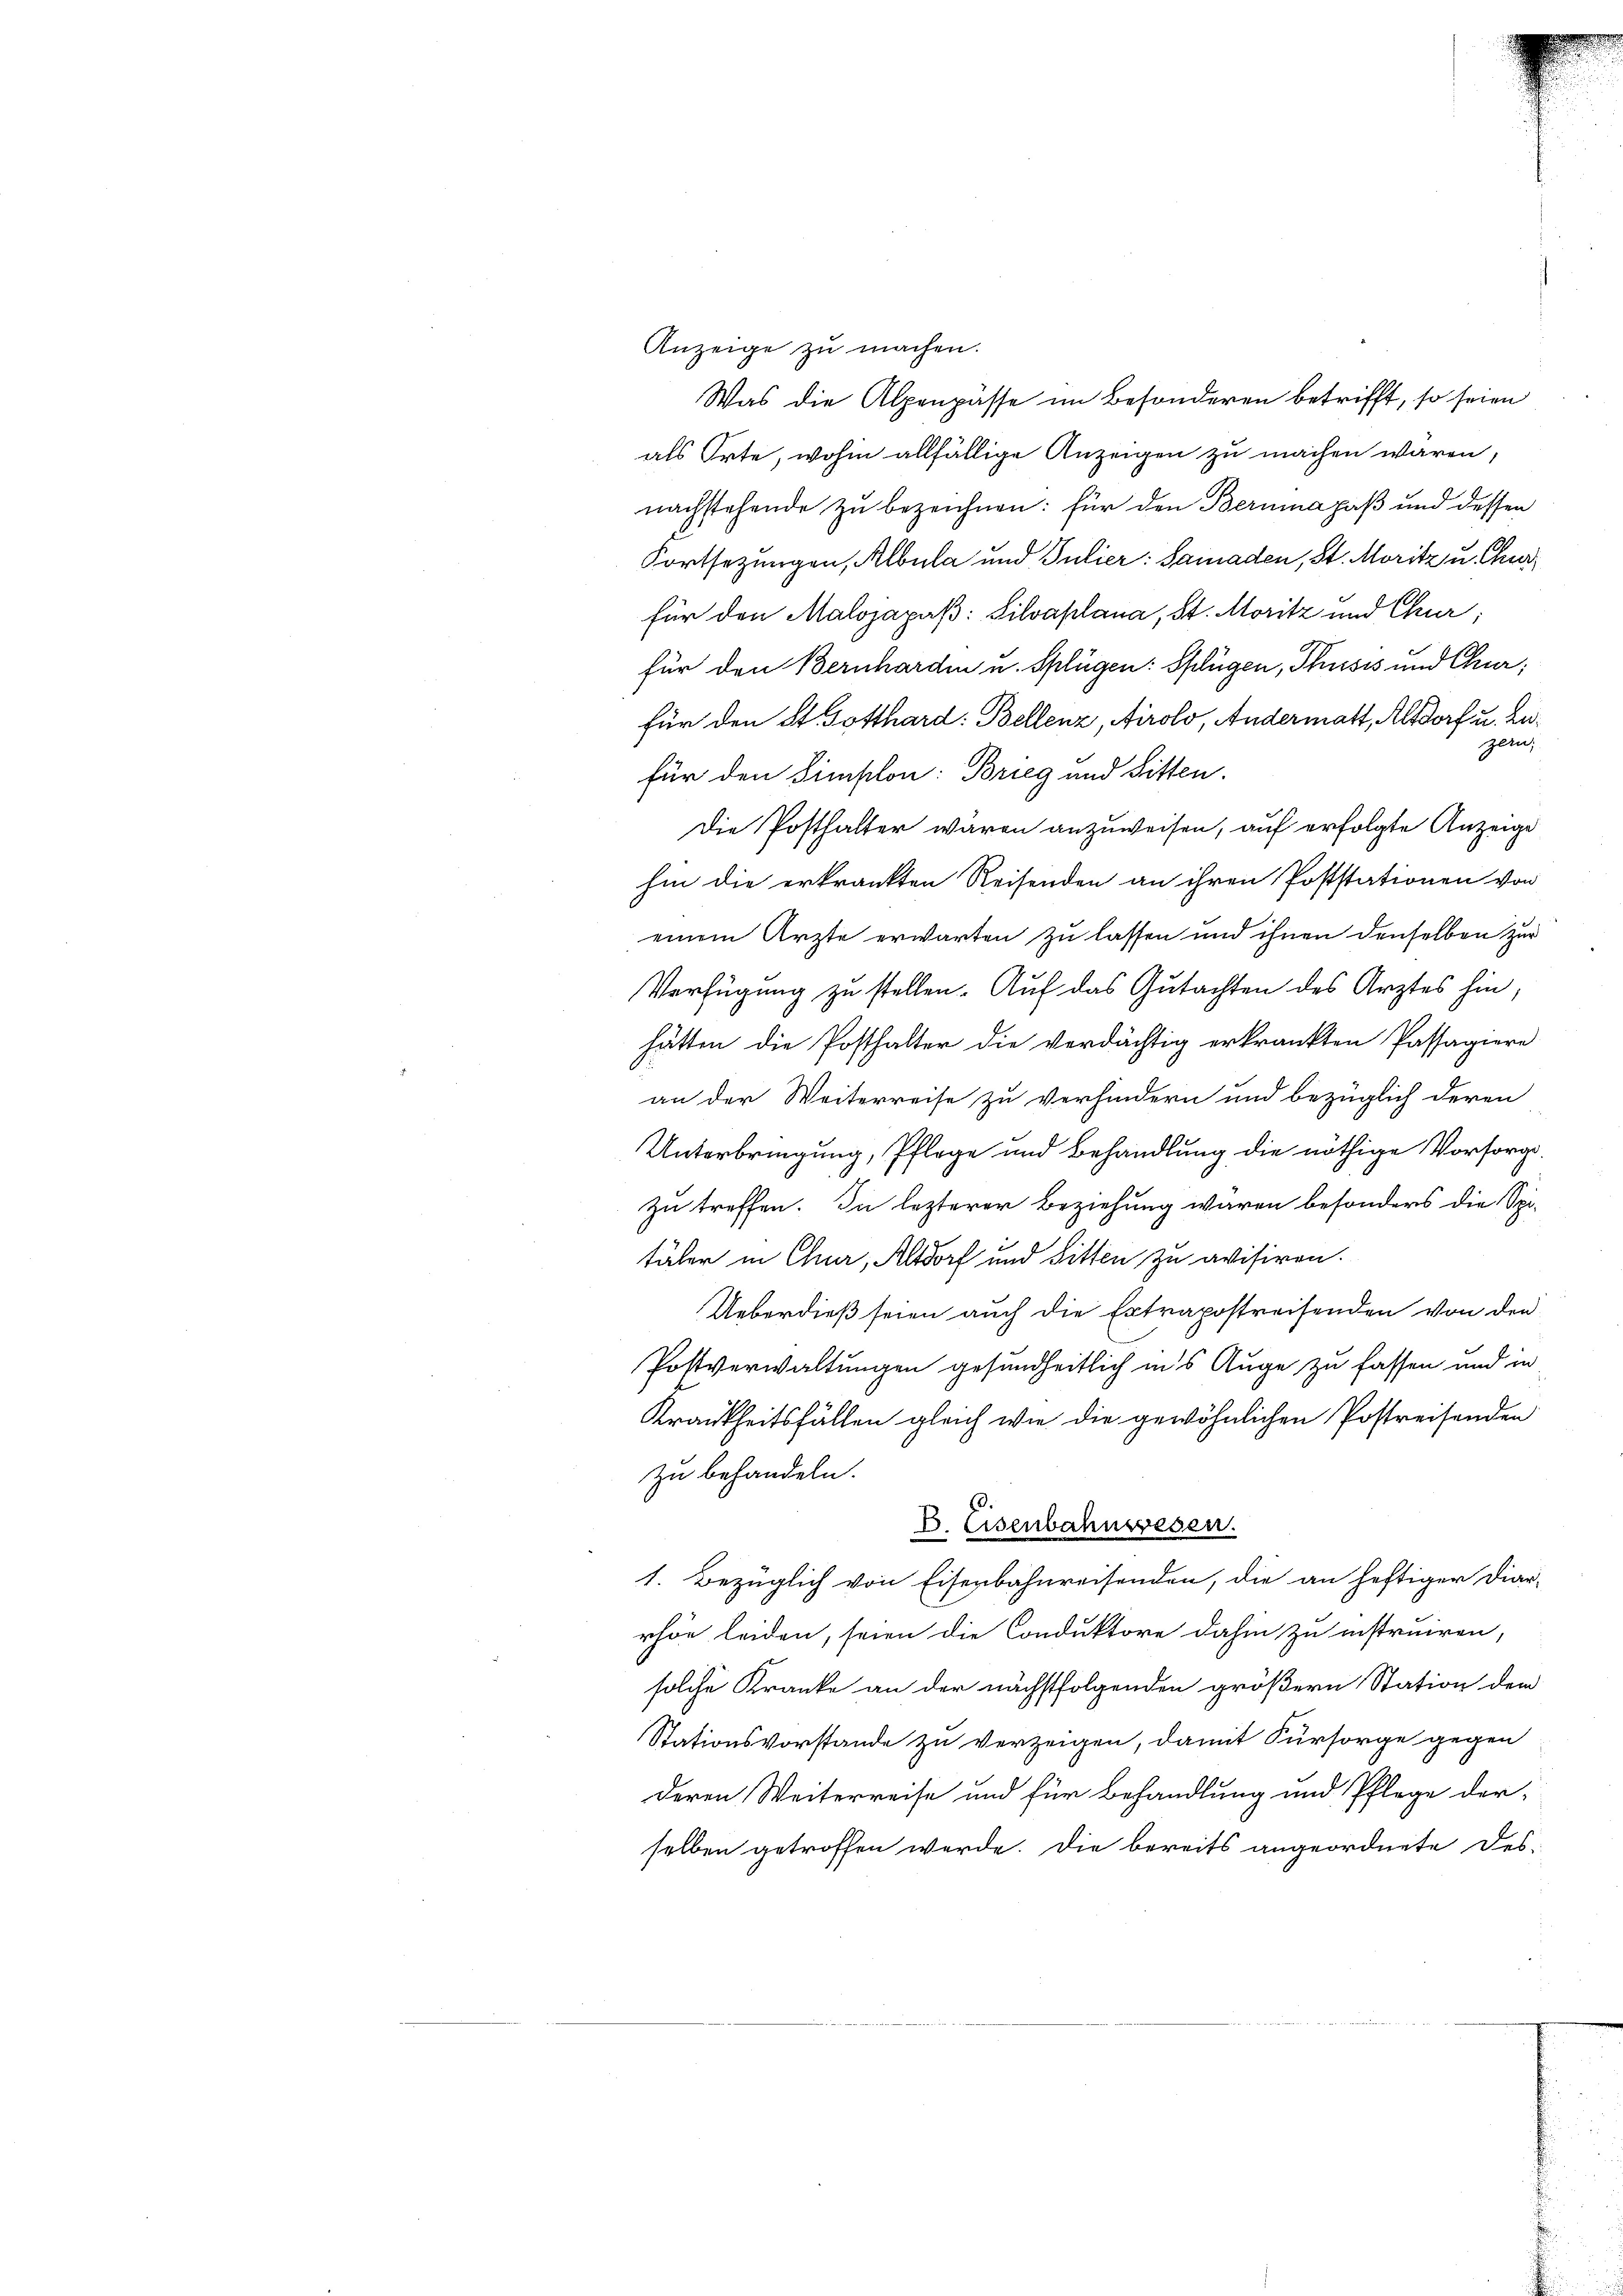
Anzeige zu machen.
Was die Alpenpässe im Besonderen betrifft, so seien
als Orte, wohin allfällige Anzeigen zu machen waren,
nachstehende zu bezeichnen: für den Beruma paß und dessen
Fortsezungen, Albula und Pulier: Samaden, St. Moritz u. Gru
für den Malojapaß: Silvaplana, St. Moritz und Chur;
für den Bernharden u. Splügen: Splügen, Thusis und Chur,
für den St. Gotthard Bellenz, Airolo, Andermatt, Altdorf u. begean
für den Simplon: Brieg und Sitten.
Die Posthalter wären anzuweisen, auf erfolgte Anzeige
hin die erkränkten Reisenden an ihren Poststationen von
einem Ärzte erwarten zu lassen und ihnen denselben zur
Verfügung zu stellen. Auf das Gutachten des Arztes hin,
hätten die Posthalter die verdächtig erkränkten Passagiere
an der Weiterreise zu verhindern und bezüglich deren
Unterbringung, Pflege und Behandlung die nöthige Vorsorg¬
Zu treffen. In lezterer Beziehung waren besonders die Spi-
täler in Chur, Altdorf und Sitten zu avisiren.
Ueberdieß seien auch die Extrapostreisenden von den
Postverwaltungen gesundheitlich in’s Auge zu fassen und in
Krankheitsfällen gleich wie die gewöhnlichen Postreisenden
zu behandeln.
B. Eisenbahnwesen.
1. Bezüglich von Eisenbahnreisenden, die an heftiger Diar-
rhön leiden, seien die Conduktore dahin zu instruiren,
solche Kranke an der nächstfolgenden größern Station dem
Stationsvorstande zu verzeigen, damit Fürsorge gegen
Deren Weiterreise und für Behandlung und Pflege der
selben getroffen werde. Die bereits angeordnete des-